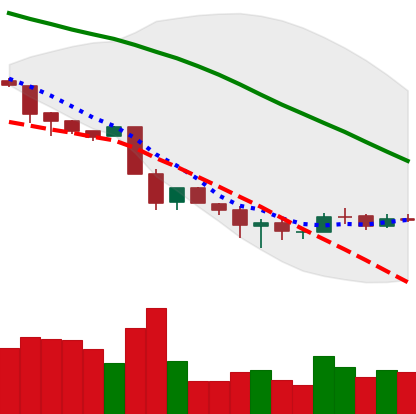
Ticker: BNB-USD
Chart end date: 2018-12-02
Forward return: -13.747%
Label: down_7plus